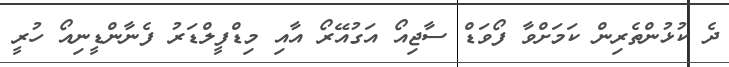
ދެ ކުޅުންތެރިން ކަމަށްވާ ފޯވަޑް ސާޖިއޯ އަގުއޭރޯ އާއި މިޑްފީލްޑަރު ފެނާންޑީނިއޯ ހުރީ